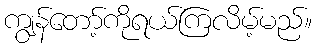
ကျွန်တော့်ကိုရယ်ကြလိမ့်မည်။